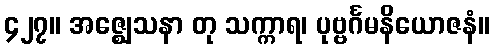
၄၂၇။ အဇ္ဈေသနာ တု သက္ကာရ၊ ပုဗ္ဗင်္ဂမနိယောဇနံ။